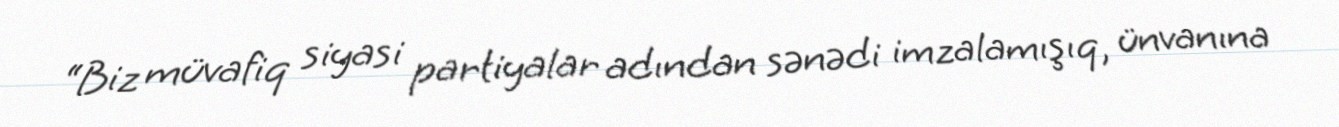
“Biz müvafiq siyasi partiyalar adından sənədi imzalamışıq, ünvanına